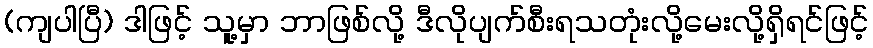
(ကျပါပြီ) ဒါဖြင့် သူ့မှာ ဘာဖြစ်လို့ ဒီလိုပျက်စီးရသတုံးလို့မေးလို့ရှိရင်ဖြင့်